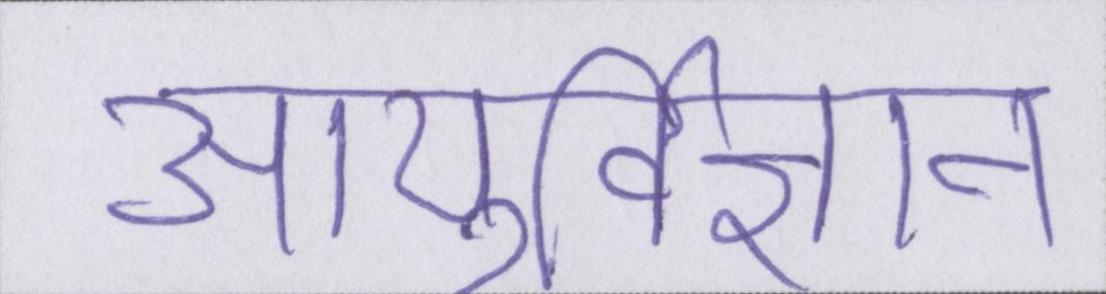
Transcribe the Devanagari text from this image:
आयुर्विज्ञान